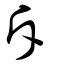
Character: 斥